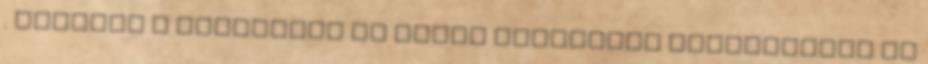
. Ugyanez a tendencia ma ugyan látszólag felgyorsult az